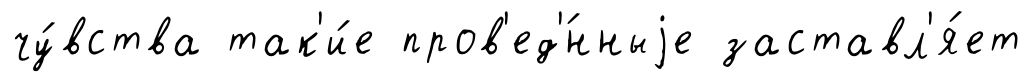
чу́вства так'и́е пров'ед'́нныjе заставл'я́ет